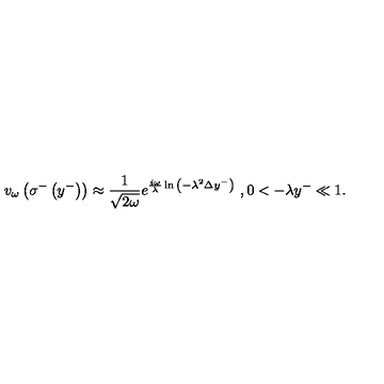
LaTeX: v _ { \omega } \left( \sigma ^ { - } \left( y ^ { - } \right) \right) \approx { \frac { 1 } { \sqrt { 2 \omega } } } e ^ { { \frac { i \omega } { \lambda } } \ln { \left( - \lambda ^ { 2 } \Delta y ^ { - } \right) } } \ , 0 < - \lambda y ^ { - } \ll 1 .